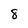
Character: 8